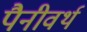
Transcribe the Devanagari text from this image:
पैनीवर्थ